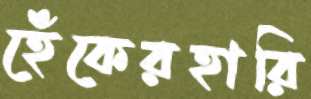
হেঁকেরহারি